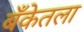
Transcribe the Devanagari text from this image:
बँकेतला